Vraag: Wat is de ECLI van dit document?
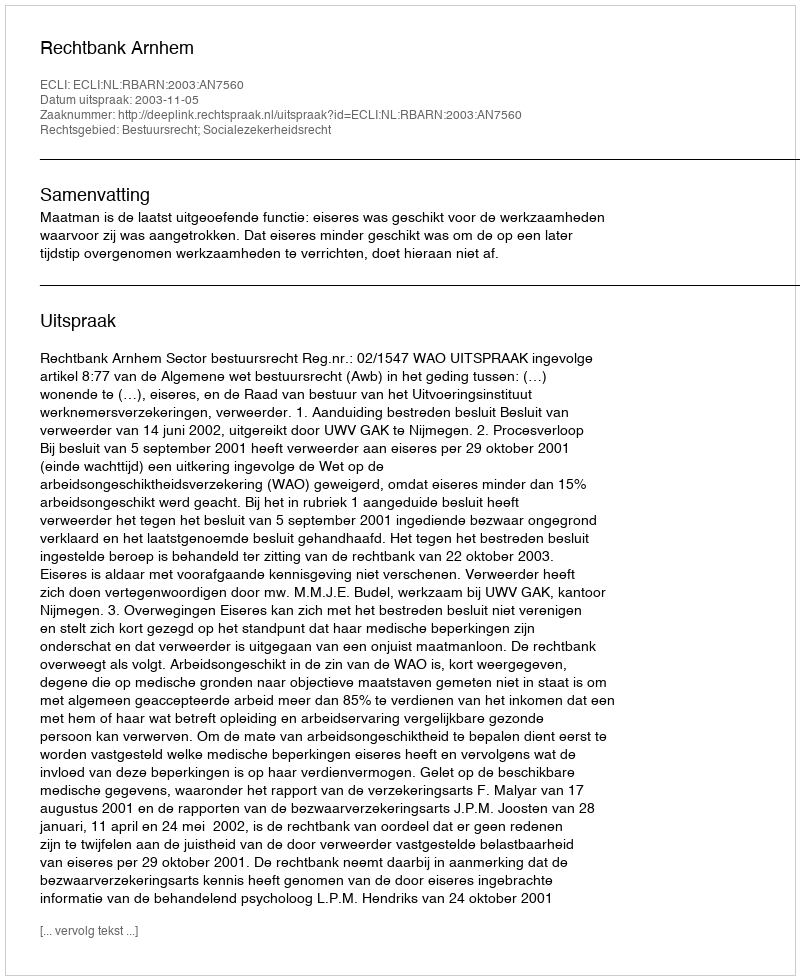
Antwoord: ECLI:NL:RBARN:2003:AN7560